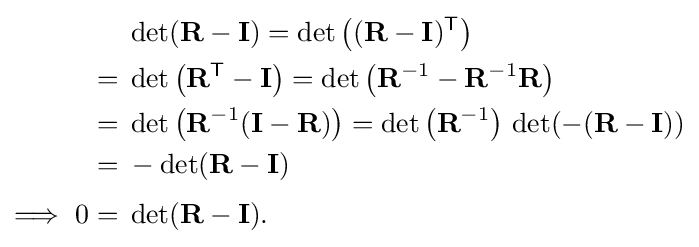
{\begin{aligned}&\det(\mathbf {R} -\mathbf {I} )=\det \left((\mathbf {R} -\mathbf {I} )^{\mathsf {T}}\right)\\{}={}&\det \left(\mathbf {R} ^{\mathsf {T}}-\mathbf {I} \right)=\det \left(\mathbf {R} ^{-1}-\mathbf {R} ^{-1}\mathbf {R} \right)\\{}={}&\det \left(\mathbf {R} ^{-1}(\mathbf {I} -\mathbf {R} )\right)=\det \left(\mathbf {R} ^{-1}\right)\,\det(-(\mathbf {R} -\mathbf {I} ))\\{}={}&-\det(\mathbf {R} -\mathbf {I} )\\[3pt]\Longrightarrow \ 0={}&\det(\mathbf {R} -\mathbf {I} ).\end{aligned}}